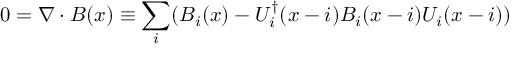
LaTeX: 0 = \nabla \cdot B ( x ) \equiv \sum _ { i } ( B _ { i } ( x ) - U _ { i } ^ { \dagger } ( x - i ) B _ { i } ( x - i ) U _ { i } ( x - i ) )